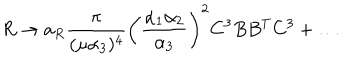
LaTeX: R \to a _ { R } { \frac { \pi } { ( \mu \alpha _ { 3 } ) ^ { 4 } } } \left( { \frac { \alpha _ { 1 } \alpha _ { 2 } } { \alpha _ { 3 } } } \right) ^ { 2 } { C ^ { 3 } } B B ^ { T } { C ^ { 3 } } + \ldots